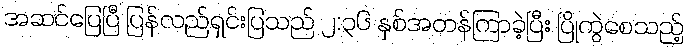
အဆင်ပြေပြီ ပြန်လည်ရှင်းပြသည် ၂:၃၆ နှစ်အတန်ကြာခဲ့ပြီး ပြိုကွဲစေသည့်